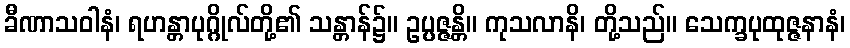
ခီဏာသဝါနံ၊ ရဟန္တာပုဂ္ဂိုလ်တို့၏ သန္တာန်၌။ ဥပ္ပဇ္ဇန္တိ။ ကုသလာနိ၊ တို့သည်။ သေက္ခပုထုဇ္ဇနာနံ၊